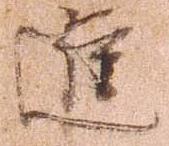
進